Scottish Leaving Certificate Examination, 1960
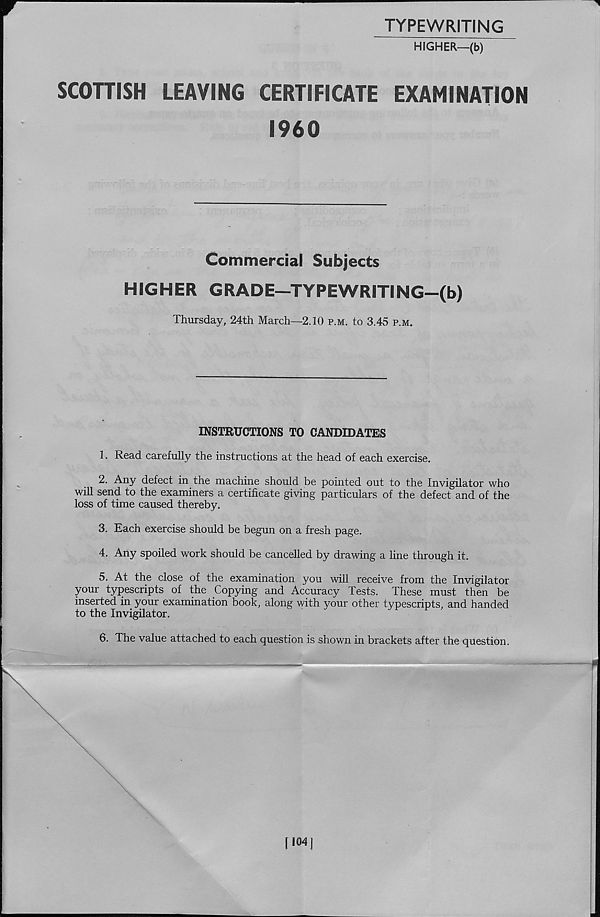
TYPEWRITING
HIGHER—(b)
SCOTTISH
LEAVING
CERTIFICATE
EXAMINATION
I960
Commercial Subjects
HIGHER GRADE—TYPEWRITING-(b)
Thursday, 24th March—2.10 p.m. to 3.45 p.m.
INSTRUCTIONS TO CANDIDATES
1. Read carefully the instructions at the head of each exercise.
2. Any defect in the machine should be pointed out to the Invigilator who
will send to the examiners a certificate giving particulars of the defect and of the
loss of time caused thereby.
3. Each exercise should be begun on a fresh page.
4. Any spoiled work should be cancelled by drawing a line through it.
5. At the close of the examination you will receive from the Invigilator
your typescripts of the Copying and Accuracy Tests. These must then be
inserted in your examination book, along with your other typescripts, and handed
to the Invigilator.
6. The value attached to each question is shown in brackets after the question.
[104]